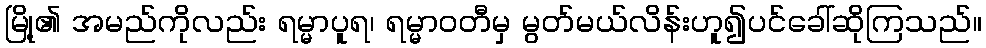
မြို့၏ အမည်ကိုလည်း ရမ္မာပူရ၊ ရမ္မာဝတီမှ မွတ်မယ်လိန်းဟူ၍ပင်ခေါ်ဆိုကြသည်။